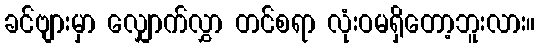
ခင်ဗျားမှာ လျှောက်လွှာ တင်စရာ လုံးဝမရှိတော့ဘူးလား။